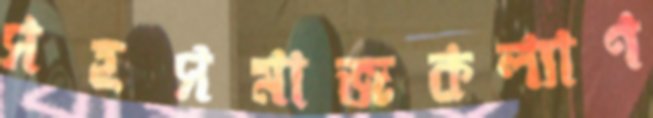
সহসমাজকল্যাণ